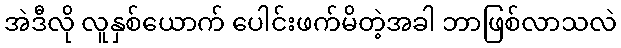
အဲဒီလို လူနှစ်ယောက် ပေါင်းဖက်မိတဲ့အခါ ဘာဖြစ်လာသလဲ